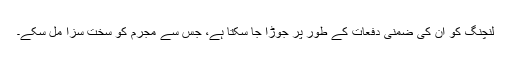
لنچنگ کو ان کی ضمنی دفعات کے طور پر جوڑا جا سکتا ہے، جس سے مجرم کو سخت سزا مل سکے۔